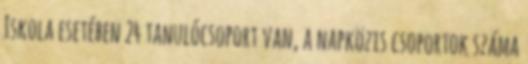
Iskola esetében 24 tanulócsoport van, a napközis csoportok száma